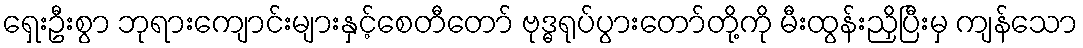
ရှေးဦးစွာ ဘုရားကျောင်းများနှင့်စေတီတော် ဗုဒ္ဓရုပ်ပွားတော်တို့ကို မီးထွန်းညှိပြီးမှ ကျန်သော